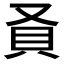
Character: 𬥎